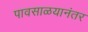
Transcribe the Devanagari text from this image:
पावसाळयानंतर